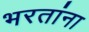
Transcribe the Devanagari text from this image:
भरतांना